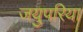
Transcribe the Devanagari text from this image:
जयुपरिया